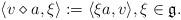
LaTeX: \begin{align*}\langle v\diamond a,\xi\rangle:=\langle \xi a,v\rangle,\xi\in\mathfrak g.\end{align*}